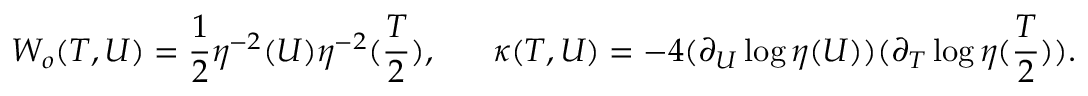
W _ { o } ( T , U ) = \frac { 1 } { 2 } \eta ^ { - 2 } ( U ) \eta ^ { - 2 } ( \frac { T } { 2 } ) , \; \; \; \; \; \; \kappa ( T , U ) = - 4 ( \partial _ { U } \log \eta ( U ) ) ( \partial _ { T } \log \eta ( \frac { T } { 2 } ) ) .